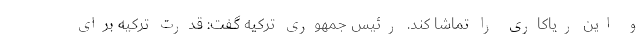
و این ریاکاری را تماشا کند. رئیس جمهوری ترکیه گفت: قدرت ترکیه برای